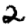
Digit: 2